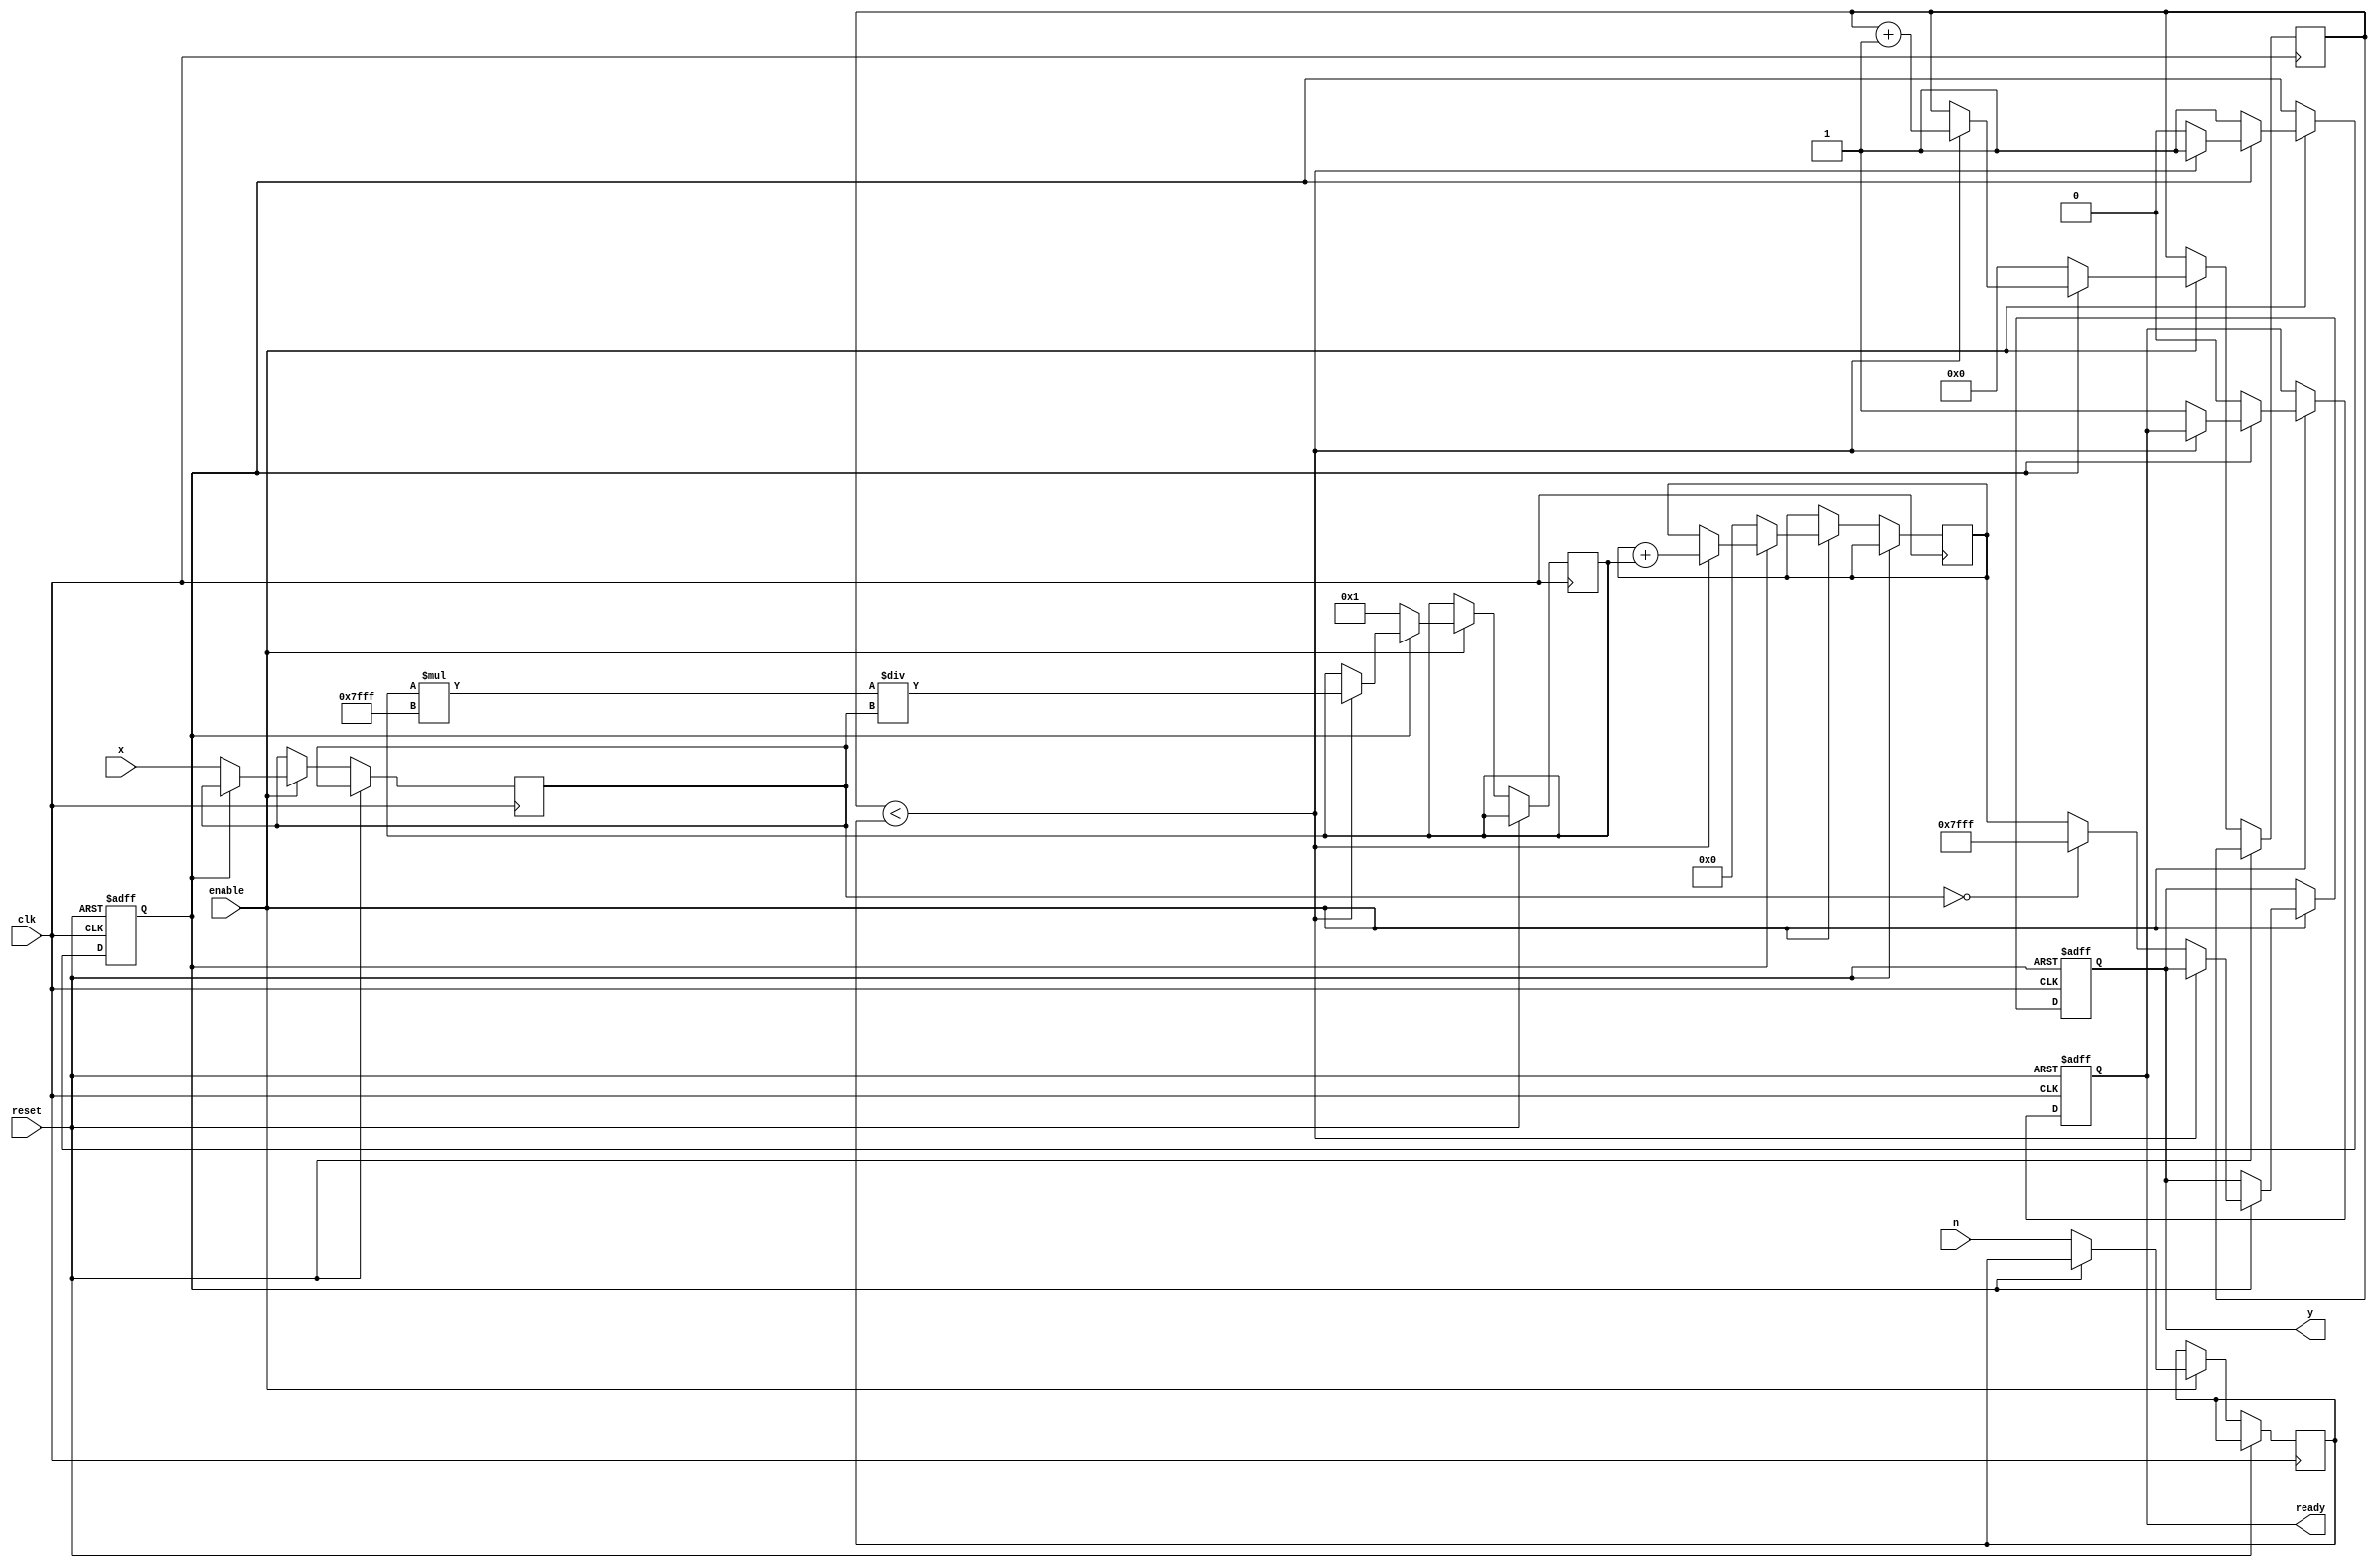
module fractional_order_reciprocal (
    input wire clk,
    input wire reset,
    input wire enable,
    input wire [15:0] x,       // Fixed-point input data (16 bits)
    input wire [7:0] n,        // Fixed-point fractional order (8 bits)
    output reg [15:0] y,       // Fixed-point output data (16 bits)
    output reg ready           // Output valid flag
);

    // Internal signals
    reg [15:0] x_reg;
    reg [7:0] n_reg;
    reg [15:0] result;
    reg [15:0] temp;
    reg [7:0] i;
    reg computing;

    // Constants
    parameter MAX_VALUE = 16'h7FFF; // Max representable value for 16-bit signed fixed-point

    // State machine for computation
    always @(posedge clk or posedge reset) begin
        if (reset) begin
            y <= 0;
            ready <= 0;
            computing <= 0;
        end else if (enable) begin
            if (!computing) begin
                // Initialize values
                x_reg <= x;
                n_reg <= n;
                result <= 0;
                temp <= 1; // Start with x^0
                i <= 0;
                computing <= 1;
                ready <= 0;
            end else if (i < n_reg) begin
                // Compute x^(-n) using Taylor series approximation
                temp <= (temp * MAX_VALUE) / x_reg; // Approximation for x^(-1)
                result <= result + temp; // Accumulate result
                i <= i + 1;
            end else begin
                // Finalize computation
                if (x_reg == 0) begin
                    y <= MAX_VALUE; // Handle zero input
                end else begin
                    y <= result; // Assign computed reciprocal
                end
                ready <= 1; // Indicate output is valid
                computing <= 0; // Reset computing state
            end
        end
    end
endmodule